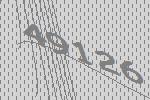
49126